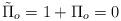
LaTeX: \begin{align*}\tilde{\Pi}_o = 1 + \Pi_o = 0 \end{align*}